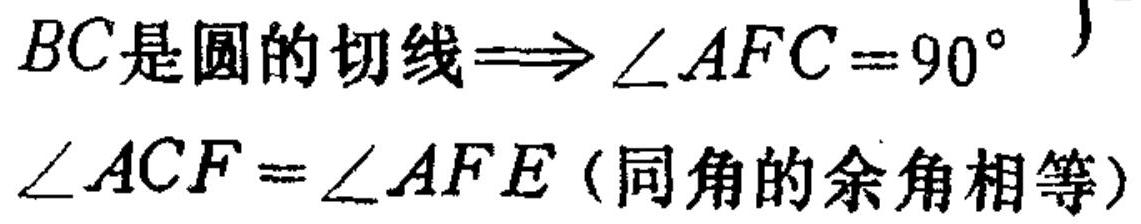
\(BC是圆的切线\Longrightarrow \angle AFC = 90^{\circ}\)
\(\angle ACF=\angle AFE\) (同角的余角相等)